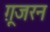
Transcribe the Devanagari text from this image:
ग़ूजरन